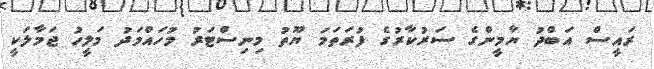
ރައީސް އަބްދު ޔާމީންގެ ސަރުކާރުގެ ފުރަތަމަ ޔޫތު މިނިސްޓަރު މުހައްމަދު މަލީހު ޖަމާލަކީ